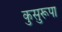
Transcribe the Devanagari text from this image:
कुसुरूपा